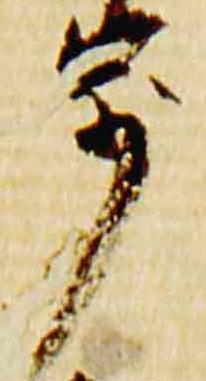
歩